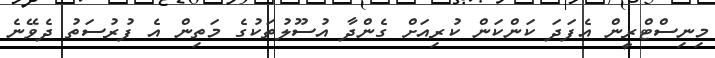
މިނިސްޓްރީން އެފަދަ ކަންކަން ކުރިއަށް ގެންދާ އުސޫލުތަކުގެ މަތިން އެ ފުރުސަތު ދެވޭނެ